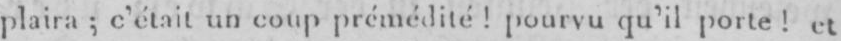
plaira; c’était un coup prémédité! pourvu qu’il porte! et